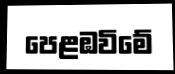
පෙළඹවිමේ